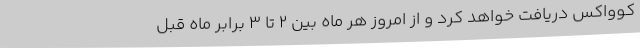
کوواکس دریافت خواهد کرد و از امروز هر ماه بین ۲ تا ۳ برابر ماه قبل